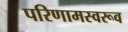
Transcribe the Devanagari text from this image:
परिणामस्वरूव